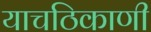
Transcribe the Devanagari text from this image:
याचठिकाणी